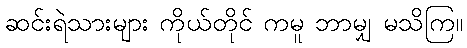
ဆင်းရဲသားများ ကိုယ်တိုင် ကမူ ဘာမျှ မသိကြ။